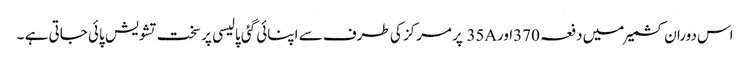
اس دوران کشمیر میں دفعہ 370اور35A پر مرکز کی طرف سے اپنائی گئی پالیسی پر سخت تشویش پائی جاتی ہے ۔